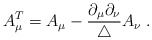
\begin{align*}A_\mu^T = A_\mu - \frac{\partial_\mu \partial_\nu}{\triangle} A_\nu \; .\end{align*}